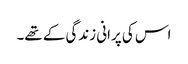
اس کی پرانی زندگی کے تھے۔